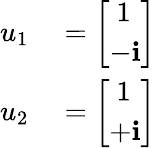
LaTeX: \begin{array}{rl}{u_{1}}&{{}={\left[\begin{array}{l}{{\ }1}\\ {-\mathbf{i}}\end{array}\right]}}\\ {u_{2}}&{{}={\left[\begin{array}{l}{{\ }1}\\ {+\mathbf{i}}\end{array}\right]}}\end{array}